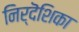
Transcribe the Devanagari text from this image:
निर्दॆशिका